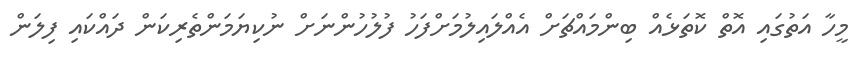
މީހާ އަތުގައި އޮތް ކޮތަޅެއް ބިންމައްޗަށް އެއްލައިލުމަށްފަހު ފުލުހުންނަށް ނުކިޔަމަންތެރިކަން ދައްކައި ފިލަން